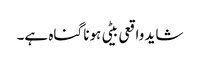
شاید واقعی بیٹی ہونا گناہ ہے۔